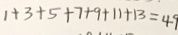
1 + 3 + 5 + 7 + 9 + 1 1 + 1 3 = 4 9